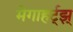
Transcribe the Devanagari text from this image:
मेगाहर्ट्झ्